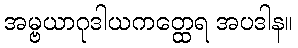
အမ္ဗယာဂုဒါယကတ္ထေရ အပဒါန။